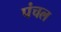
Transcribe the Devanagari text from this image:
पंचल